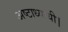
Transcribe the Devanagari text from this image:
अष्टाध्यायी।